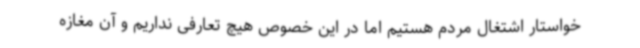
خواستار اشتغال مردم هستیم اما در این خصوص هیچ تعارفی نداریم و آن مغازه